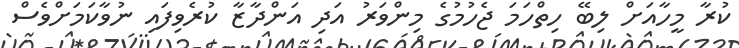
ކުރާ މީހާއަށް ލިބޭ ހިތްހަމަ ޖެހުމުގެ މިންވަރު އަދި އަންދާޒާ ކުރެވިފައި ނުވާކަމަށްވެސް